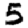
Digit: 5